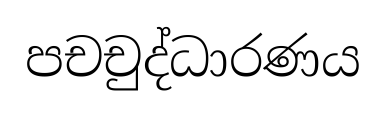
පචචුද්ධාරණය